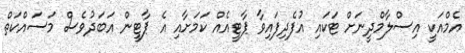
އެމްއަކީ އިސްލާމްދީނަށް ޓަކައި އުފެދިފައިވާ ޕާޓީއެއް ކަމަށާއި އެ ޕާޓީން އަބަދުވެސް މަސައްކަތް